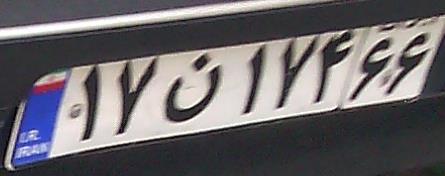
۱۷ن۱۷۴۶۶